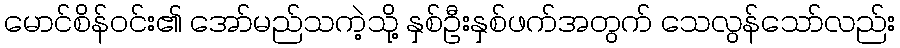
မောင်စိန်ဝင်း၏ အော်မည်သကဲ့သို့ နှစ်ဦးနှစ်ဖက်အတွက် သေလွန်သော်လည်း